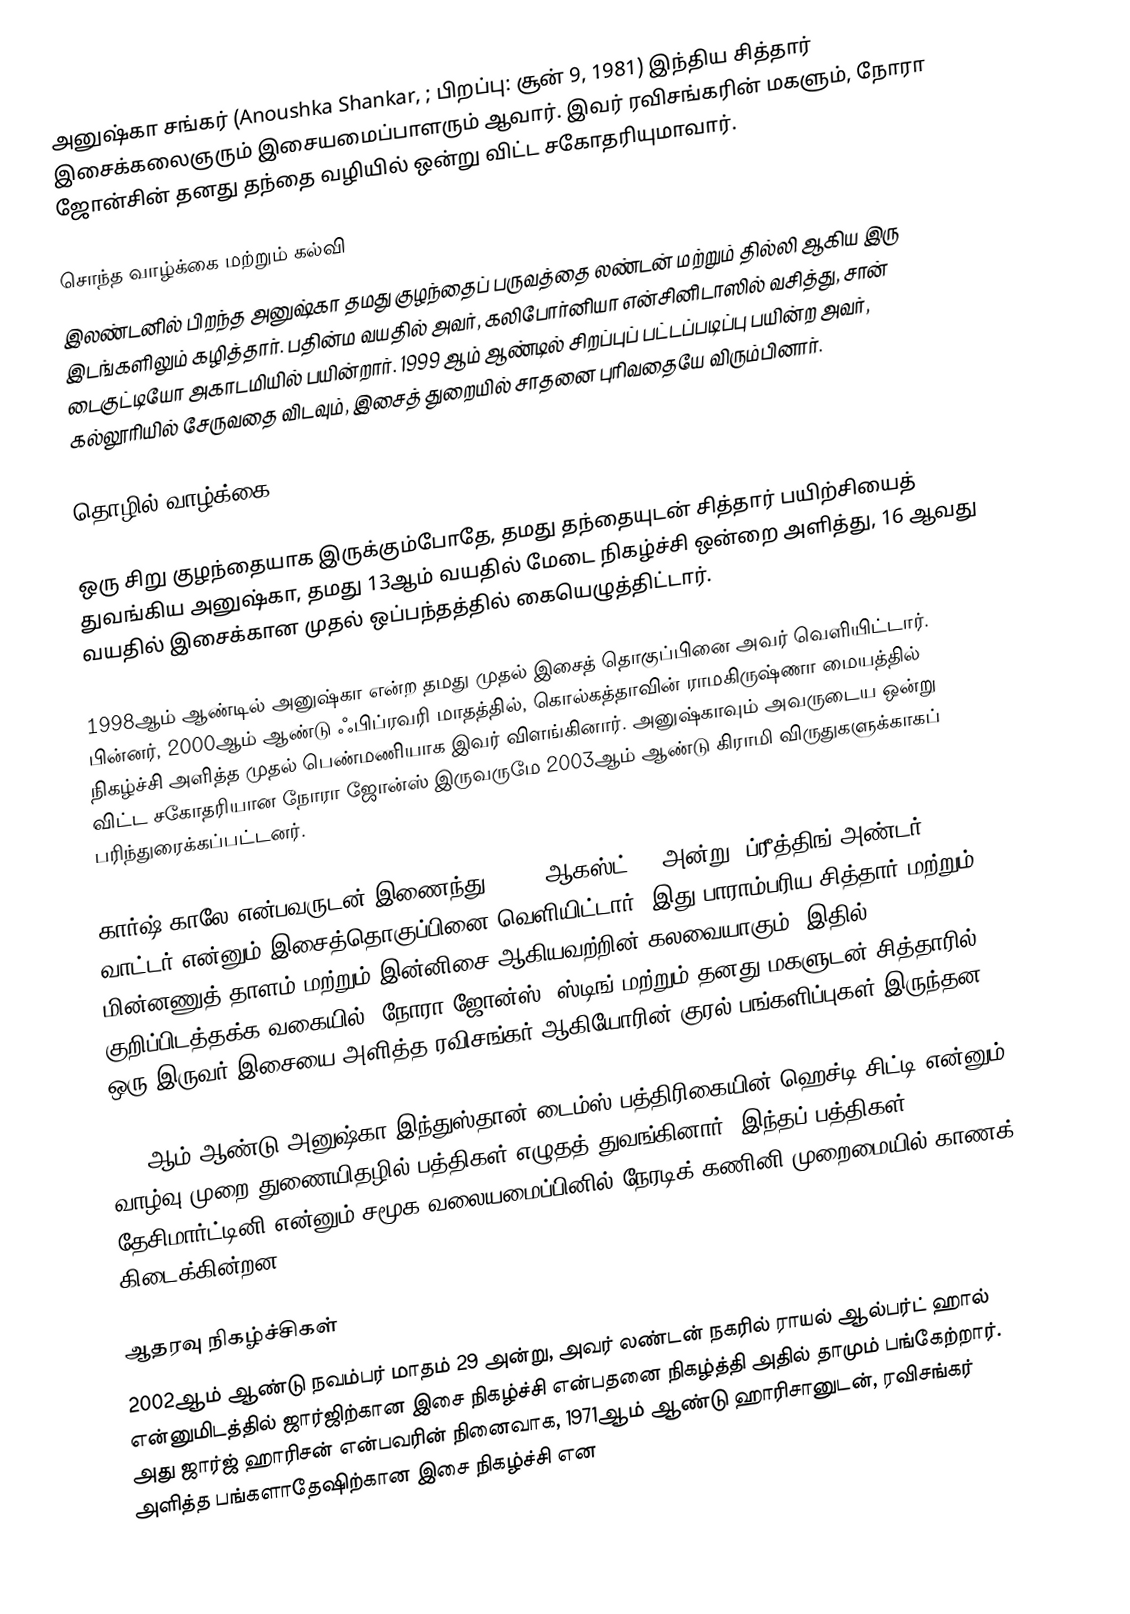
அனுஷ்கா சங்கர் (Anoushka Shankar, ; பிறப்பு: சூன் 9, 1981) இந்திய சித்தார் இசைக்கலைஞரும் இசையமைப்பாளரும் ஆவார். இவர் ரவிசங்கரின் மகளும், நோரா ஜோன்சின் தனது தந்தை வழியில் ஒன்று விட்ட சகோதரியுமாவார்.

சொந்த வாழ்க்கை மற்றும் கல்வி
இலண்டனில் பிறந்த அனுஷ்கா தமது குழந்தைப் பருவத்தை லண்டன் மற்றும் தில்லி ஆகிய இரு இடங்களிலும் கழித்தார். பதின்ம வயதில் அவர், கலிபோர்னியா என்சினிடாஸில் வசித்து, சான் டைகுட்டியோ அகாடமியில் பயின்றார். 1999 ஆம் ஆண்டில் சிறப்புப் பட்டப்படிப்பு பயின்ற அவர், கல்லூரியில் சேருவதை விடவும், இசைத் துறையில் சாதனை புரிவதையே விரும்பினார்.

தொழில் வாழ்க்கை

ஒரு சிறு குழந்தையாக இருக்கும்போதே, தமது தந்தையுடன் சித்தார் பயிற்சியைத் துவங்கிய அனுஷ்கா, தமது 13ஆம் வயதில் மேடை நிகழ்ச்சி ஒன்றை அளித்து, 16 ஆவது வயதில் இசைக்கான முதல் ஒப்பந்தத்தில் கையெழுத்திட்டார்.

1998ஆம் ஆண்டில் அனுஷ்கா என்ற தமது முதல் இசைத் தொகுப்பினை அவர் வெளியிட்டார். பின்னர், 2000ஆம் ஆண்டு ஃபிப்ரவரி மாதத்தில், கொல்கத்தாவின் ராமகிருஷ்ணா மையத்தில் நிகழ்ச்சி அளித்த முதல் பெண்மணியாக இவர் விளங்கினார். அனுஷ்காவும் அவருடைய ஒன்று விட்ட சகோதரியான நோரா ஜோன்ஸ் இருவருமே 2003ஆம் ஆண்டு கிராமி விருதுகளுக்காகப் பரிந்துரைக்கப்பட்டனர்.

கார்ஷ் காலே என்பவருடன் இணைந்து, 2007 ஆகஸ்ட் 28 அன்று, ப்ரீத்திங் அண்டர் வாட்டர் என்னும் இசைத்தொகுப்பினை வெளியிட்டார். இது பாராம்பரிய சித்தார் மற்றும் மின்னணுத் தாளம் மற்றும் இன்னிசை ஆகியவற்றின் கலவையாகும். இதில் குறிப்பிடத்தக்க வகையில், நோரா ஜோன்ஸ், ஸ்டிங் மற்றும் தனது மகளுடன் சித்தாரில் ஒரு இருவர் இசையை அளித்த ரவிசங்கர் ஆகியோரின் குரல் பங்களிப்புகள் இருந்தன.

2009ஆம் ஆண்டு அனுஷ்கா இந்துஸ்தான் டைம்ஸ் பத்திரிகையின் ஹெச்டி சிட்டி என்னும் வாழ்வு முறை துணையிதழில் பத்திகள் எழுதத் துவங்கினார். இந்தப் பத்திகள் தேசிமார்ட்டினி என்னும் சமூக வலையமைப்பினில் நேரடிக்-கணினி முறைமையில் காணக் கிடைக்கின்றன.

ஆதரவு நிகழ்ச்சிகள்
2002ஆம் ஆண்டு நவம்பர் மாதம் 29 அன்று, அவர் லண்டன் நகரில் ராயல் ஆல்பர்ட் ஹால் என்னுமிடத்தில் ஜார்ஜிற்கான இசை நிகழ்ச்சி என்பதனை நிகழ்த்தி அதில் தாமும் பங்கேற்றார். அது ஜார்ஜ் ஹாரிசன் என்பவரின் நினைவாக, 1971ஆம் ஆண்டு ஹாரிசானுடன், ரவிசங்கர் அளித்த பங்களாதேஷிற்கான இசை நிகழ்ச்சி என